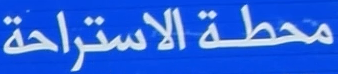
محطة الاستراحة